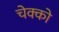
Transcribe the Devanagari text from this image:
चेक्को